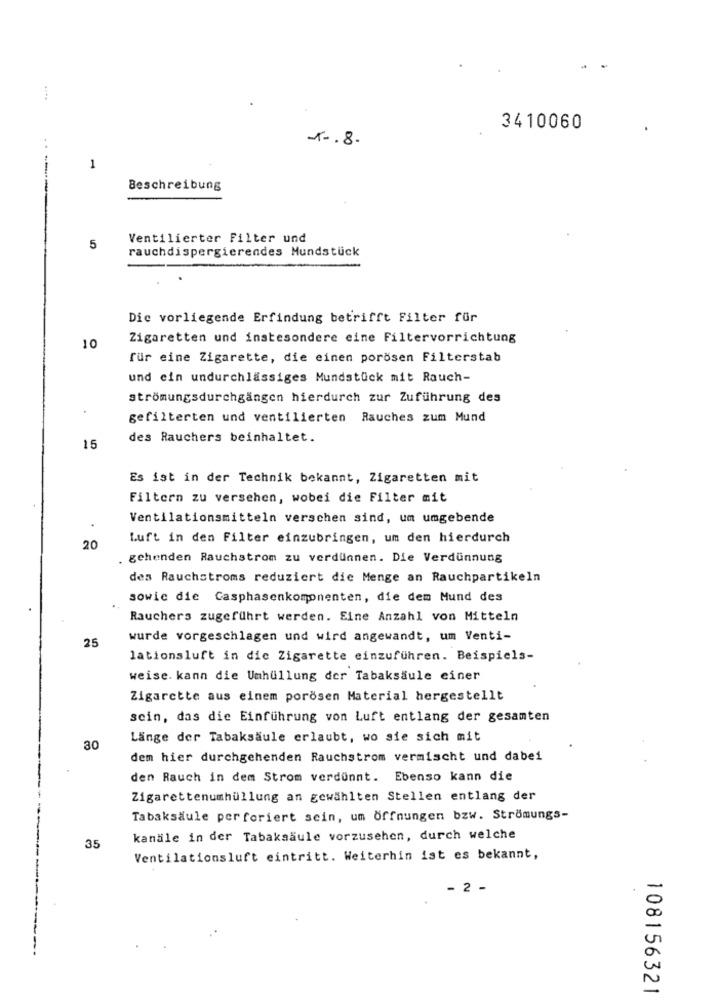
3410060
1 -. 8.
. .
1
Beschreibung
Ventilierter Filter und
5
rauchdispergierendes Mundstück
Dic vorliegende Erfindung betrifft Filter für
Zigaretten und insbesondere eine Filtervorrichtung
10
für eine Zigarette, die einen porösen Filterstab
und ein undurchlässiges Mundstück mit Rauch-
strömungsdurchgängen hierdurch zur Zuführung des
.
gefilterten und ventilierten Rauches zum Mund
des Rauchers beinhaltet.
15
Es ist in der Technik bekannt, Zigaretten mit
Filtern zu versehen, wobei die Filter mit
Ventilationsmitteln verschen sind, um umgebende
Luft in den Filter einzubringen, um den hierdurch
20
. gehenden Rauchstrom zu verdunnen. Die Verdünnung
des Rauchstroms reduziert dic Menge an Rauchpartikeln
sowie die Casphasenkomonenten, die dem Mund des
Rauchers zugeführt werden. Eine Anzahl von Mitteln
25
wurde vorgeschlagen und wird angewandt, um Venti-
lationsluft in die Zigarette einzuführen. Beispiels-
weise. kann die Umhüllung der Tabaksäule einer
Zigarette aus einem porösen Material hergestellt
scin, das die Einführung von Luft entlang der gesamten
Länge der Tabaksäule erlaubt, wo sie sich mit
30
dem hier durchgehenden Rauchstrom vermischt und dabei
den Rauch in dem Strom verdünnt. Ebenso kann die
Zigarettenumhüllung an gewählten Stellen entlang der
Tabaksäule perforiert sein, um Öffnungen bzw. Strömungs-
kanäle in der Tabakaaule vorzusehen, durch welche
35
Ventilationsluft eintritt. Weiterhin ist es bekannt,
-----
- 2 -
108156321